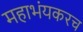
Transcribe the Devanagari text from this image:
महाभंयकरच